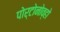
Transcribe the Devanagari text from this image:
पोर्टोनोव्हो